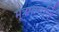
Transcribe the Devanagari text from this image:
मूत्रमार्गाचे